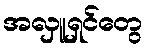
အလှူရှင်တွေ